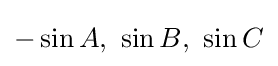
-\sin A,\ \sin B,\ \sin C